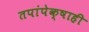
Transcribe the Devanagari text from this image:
तपांपेक्षाही